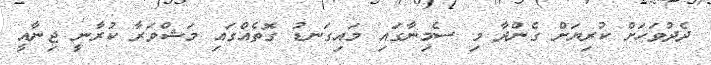
ދެދުވަހަށް ކުރިޔަށް ގެންދާ މި ސެމިނާގައި މައިގަނޑު ގޮތެއްގައި މަޝްވަރާ ކުރާނީ ޖިނާއީ